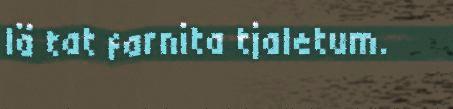
lä tat farnita tjaletum.